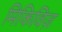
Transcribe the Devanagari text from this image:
मिकिविज़